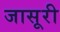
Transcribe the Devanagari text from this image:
जासूरी